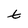
Character: t